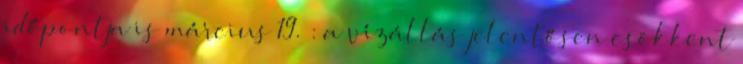
időpontja is március 19. : a vízállás jelentősen csökkent